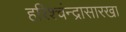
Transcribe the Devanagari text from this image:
हरिश्चंन्द्रासारखा